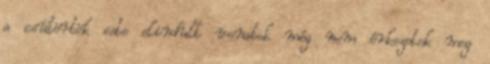
a csütörtök este elindult vonatok még nem érkezetek meg